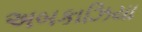
અબકાઝિયા